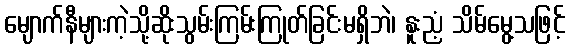
မျောက်နီများကဲ့သို့ဆိုးသွမ်းကြမ်းကြုတ်ခြင်းမရှိဘဲ၊ နူးညံ့ သိမ်မွေ့သဖြင့်